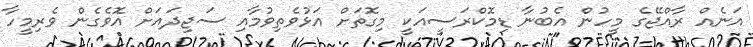
އަނެއް ރާއްޖޭގެ މީހުން އެބުނާ ޑިމޮކްރަސީއަކީ މިގޮތަށް އަޅުވެތިވުމާއި ސަޖިދައަށް އޮވެގެން ވެރިމީހާ